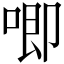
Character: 唧